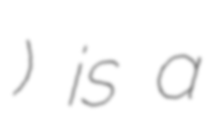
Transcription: ) is a